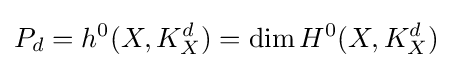
P_{d}=h^{0}(X,K_{X}^{d})=\dim H^{0}(X,K_{X}^{d})